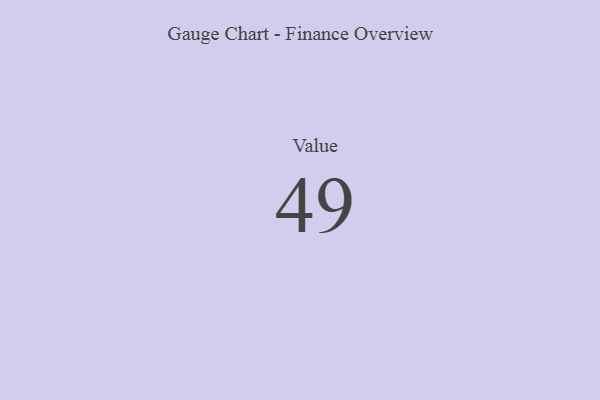
{"axis": {"x": "Metric", "y": "Value"}, "legend": [""], "data": [{"x": "Value", "y": 49, "type": ""}]}